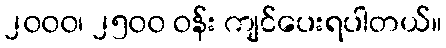
၂၀၀၀၊ ၂၅၀၀ ဝန်း ကျင်ပေးရပါတယ်။